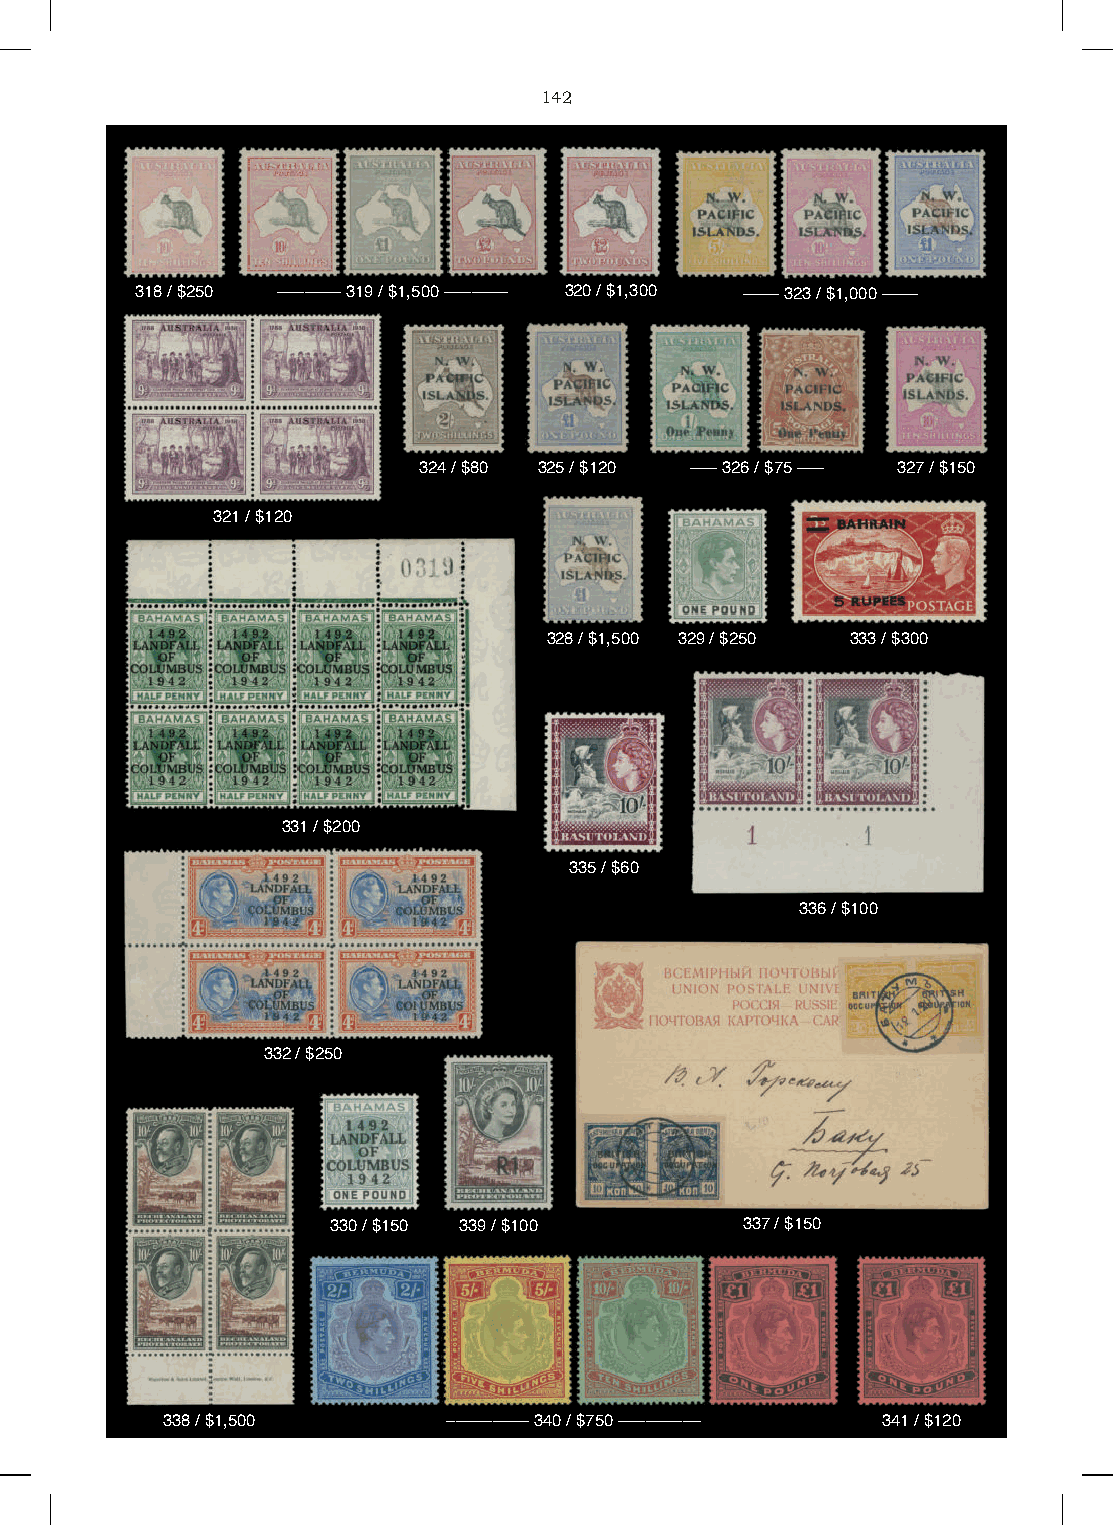
142
 318 / $250 ––––––– 319 / $1,500 ––––––– 320 / $1,300 –––– 323 / $1,000 ––––
 324 / $80 325 / $120 ––– 326 / $75 ––– 327 / $150
 321 / $120
 328 / $1,500 329 / $250 333 / $300
 331 / $200
 335 / $60
 336 / $100
 332 / $250
 330 / $150 339 / $100      337 / $150
 338 / $1,500       ––––––––– 340 / $750 ––––––––– 341 / $120